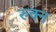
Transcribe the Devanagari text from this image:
रुक्न